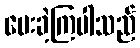
ပေးခဲ့ကြပါသည်